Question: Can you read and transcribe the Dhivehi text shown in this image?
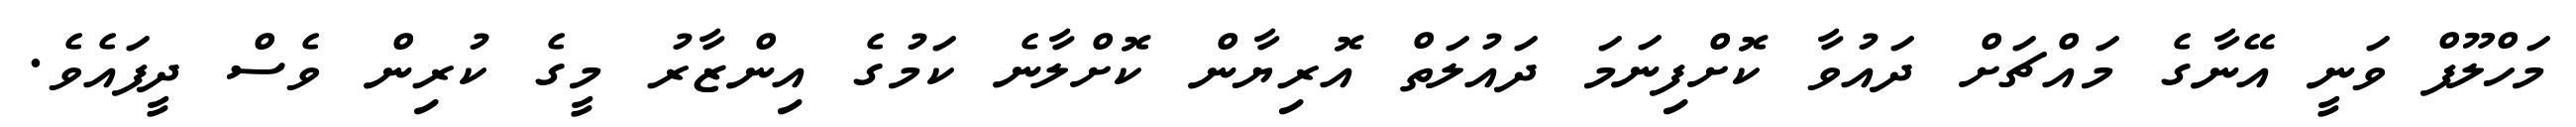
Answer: މަހްލޫފް ވަނީ އޭނާގެ މައްޗަށް ދައުވާ ކޮށްފިނަމަ ދައުލަތް އޮރިޔާން ކޮށްލާނެ ކަމުގެ އިންޒާރު މީގެ ކުރިން ވެސް ދީފައެވެ.